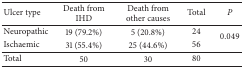
<table><thead><tr><td><b>Ulcer type</b></td><td><b>Death from IHD</b></td><td><b>Death from other causes</b></td><td><b>Total</b></td><td><b><i>P</i></b></td></tr></thead><tbody><tr><td>Neuropathic</td><td>19 (79.2%)</td><td>5 (20.8%)</td><td>24</td><td rowspan="2">0.049</td></tr><tr><td>Ischaemic</td><td>31 (55.4%)</td><td>25 (44.6%)</td><td>56</td></tr><tr><td>Total</td><td>50</td><td>30</td><td>80</td><td> </td></tr></tbody></table>